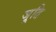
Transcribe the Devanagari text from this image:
जूति